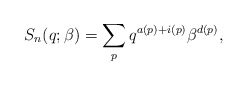
\begin{align*}S_n(q;\beta)= \sum_{p} q^{a(p)+i(p)} \beta^{d(p)},\end{align*}